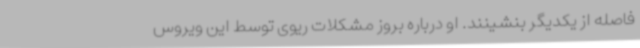
فاصله از یکدیگر بنشینند. او درباره بروز مشکلات ریوی توسط این ویروس